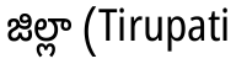
జిల్లా (Tirupati